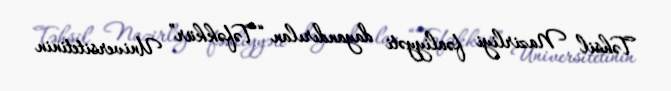
Təhsil Nazirliyi fəaliyyəti dayandırılan “Təfəkkür” Universitetinin